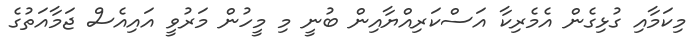
މިކަމާއި ގުޅިގެން އެމެރިކާ އަސްކަރިއްޔާއިން ބުނީ މި މީހުން މަރުވީ އައިއެސް ޖަމާއަތުގެ